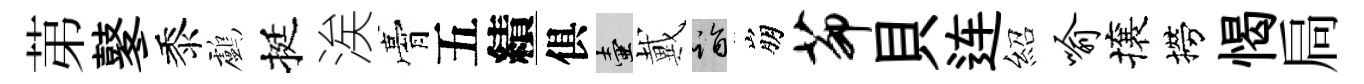
苐鼕黍鸕挺涘膏五績俱壺戴诣崩茆貝连紹喻攘撈愒扃